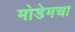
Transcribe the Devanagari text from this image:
मोडेमचा